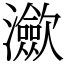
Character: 㶑